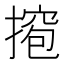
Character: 𫽵